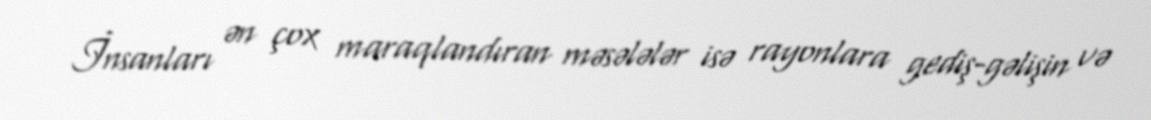
İnsanları ən çox maraqlandıran məsələlər isə rayonlara gediş-gəlişin və